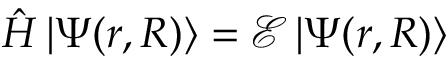
\hat { H } \, | \Psi ( r , R ) \rangle = \mathcal { E } \, | \Psi ( r , R ) \rangle